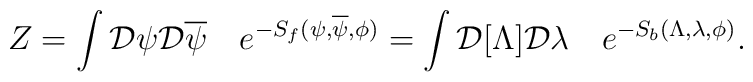
Z=\int{\cal D}\psi {\cal D}\overline\psi   \quad e^{-S_f(\psi,\overline\psi,\phi)} =\int  {\cal D}[\Lambda]{\cal D}\lambda\quad    e^{-S_b(\Lambda,\lambda,\phi)}.